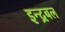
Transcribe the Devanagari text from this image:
इन्द्रबल